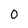
Character: 0